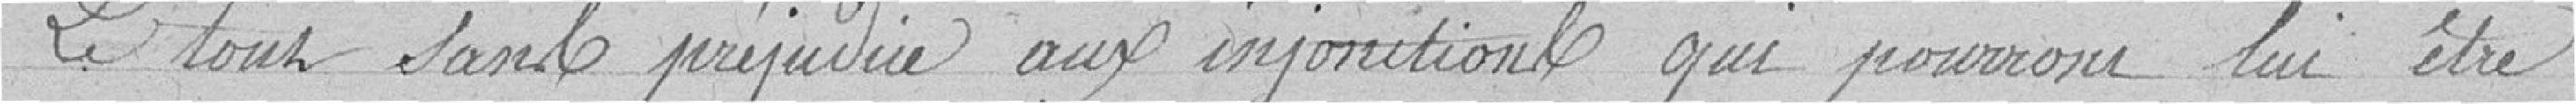
Le tout sans préjudice aux injonctions qui pourront lui être